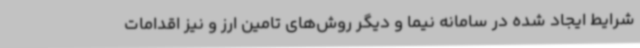
شرایط ایجاد شده در سامانه نیما و دیگر روش‌های تامین ارز و نیز اقدامات